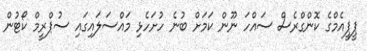
ޕީޕީއެމްގެ ކޮންގްރެސް ސައްހަ ނޫން ކަމަށް ބުނެ ހުށަހެޅި މައްސަލައިގައި ސުޕްރީމް ކޯޓުން